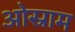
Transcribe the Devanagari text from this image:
ओस्राम